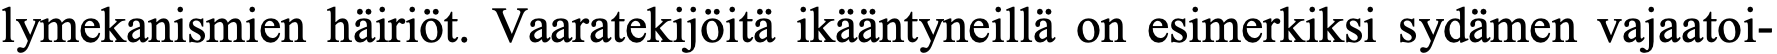
lymekanismien häiriöt. Vaaratekijöitä ikääntyneillä on esimerkiksi sydämen vajaatoi-